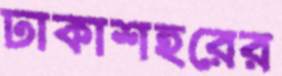
ঢাকাশহরের